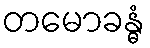
တမောခန္ဓံ